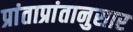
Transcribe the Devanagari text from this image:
प्रांताप्रांतानुसार